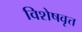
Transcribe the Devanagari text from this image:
विशेषवृत्त